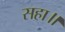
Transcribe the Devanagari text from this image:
सहा॥